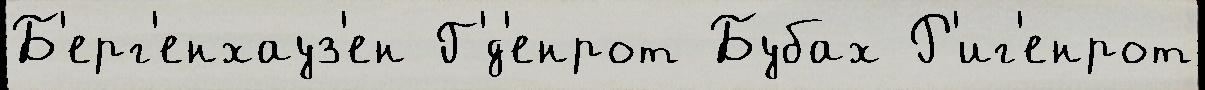
Б'ерг'енхауз'ен Г'́д'енрот Бубах Р'иг'енрот